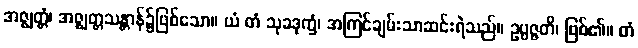
အဇ္ဈတ္တံ၊ အဇ္ဈတ္တသန္တာန်၌ဖြစ်သော။ ယံ တံ သုခဒုက္ခံ၊ အကြင်ချမ်းသာဆင်းရဲသည်။ ဥပ္ပဇ္ဇတိ၊ ဖြစ်၏။ တံ